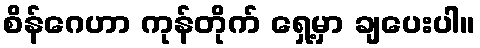
စိန်ဂေဟာ ကုန်တိုက် ရှေ့မှာ ချပေးပါ။